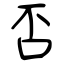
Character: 否